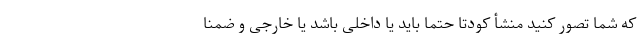
که شما تصور ‌کنید منشأ کودتا حتما باید یا داخلی باشد یا خارجی و ضمنا